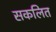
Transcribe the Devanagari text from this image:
सकलित